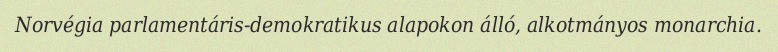
Norvégia parlamentáris-demokratikus alapokon álló, alkotmányos monarchia.